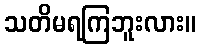
သတိမရကြဘူးလား။